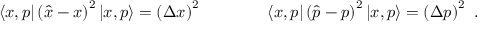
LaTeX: \langle x , p | \left( { \hat { x } } - x \right) ^ { 2 } | x , p \rangle = \left( \Delta x \right) ^ { 2 } \qquad \qquad \langle x , p | \left( { \hat { p } } - p \right) ^ { 2 } | x , p \rangle = \left( \Delta p \right) ^ { 2 } ~ .